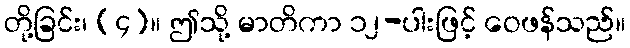
တို့ခြင်း၊ (၄)။ ဤသို့ မာတိကာ ၁၂-ပါးဖြင့် ဝေဖန်သည်။